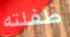
طفلته